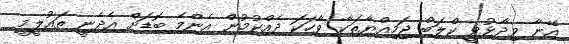
އޭނާ ވިދާޅުވީ ކްލަބް ޖަމިއްޔާތަކާ ވާހަކަ ދެއްކުމުން އެންމެ ބޮޑަށް އެދެނީ ތައުލީމީ